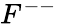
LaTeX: F^{--}